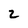
Character: 2